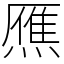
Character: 𤎝